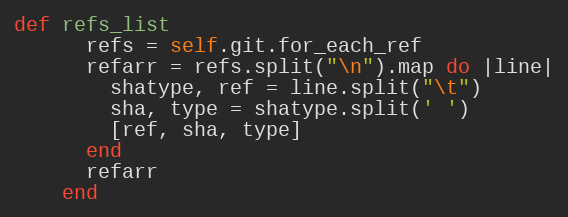
Language: Ruby
def refs_list
      refs = self.git.for_each_ref
      refarr = refs.split("\n").map do |line|
        shatype, ref = line.split("\t")
        sha, type = shatype.split(' ')
        [ref, sha, type]
      end
      refarr
    end